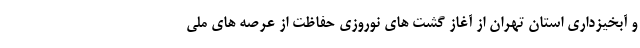
و آبخیزداری استان تهران از آغاز گشت های نوروزی حفاظت از عرصه های ملی